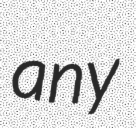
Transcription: any